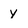
Character: Y